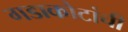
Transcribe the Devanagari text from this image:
गडाकोटांची